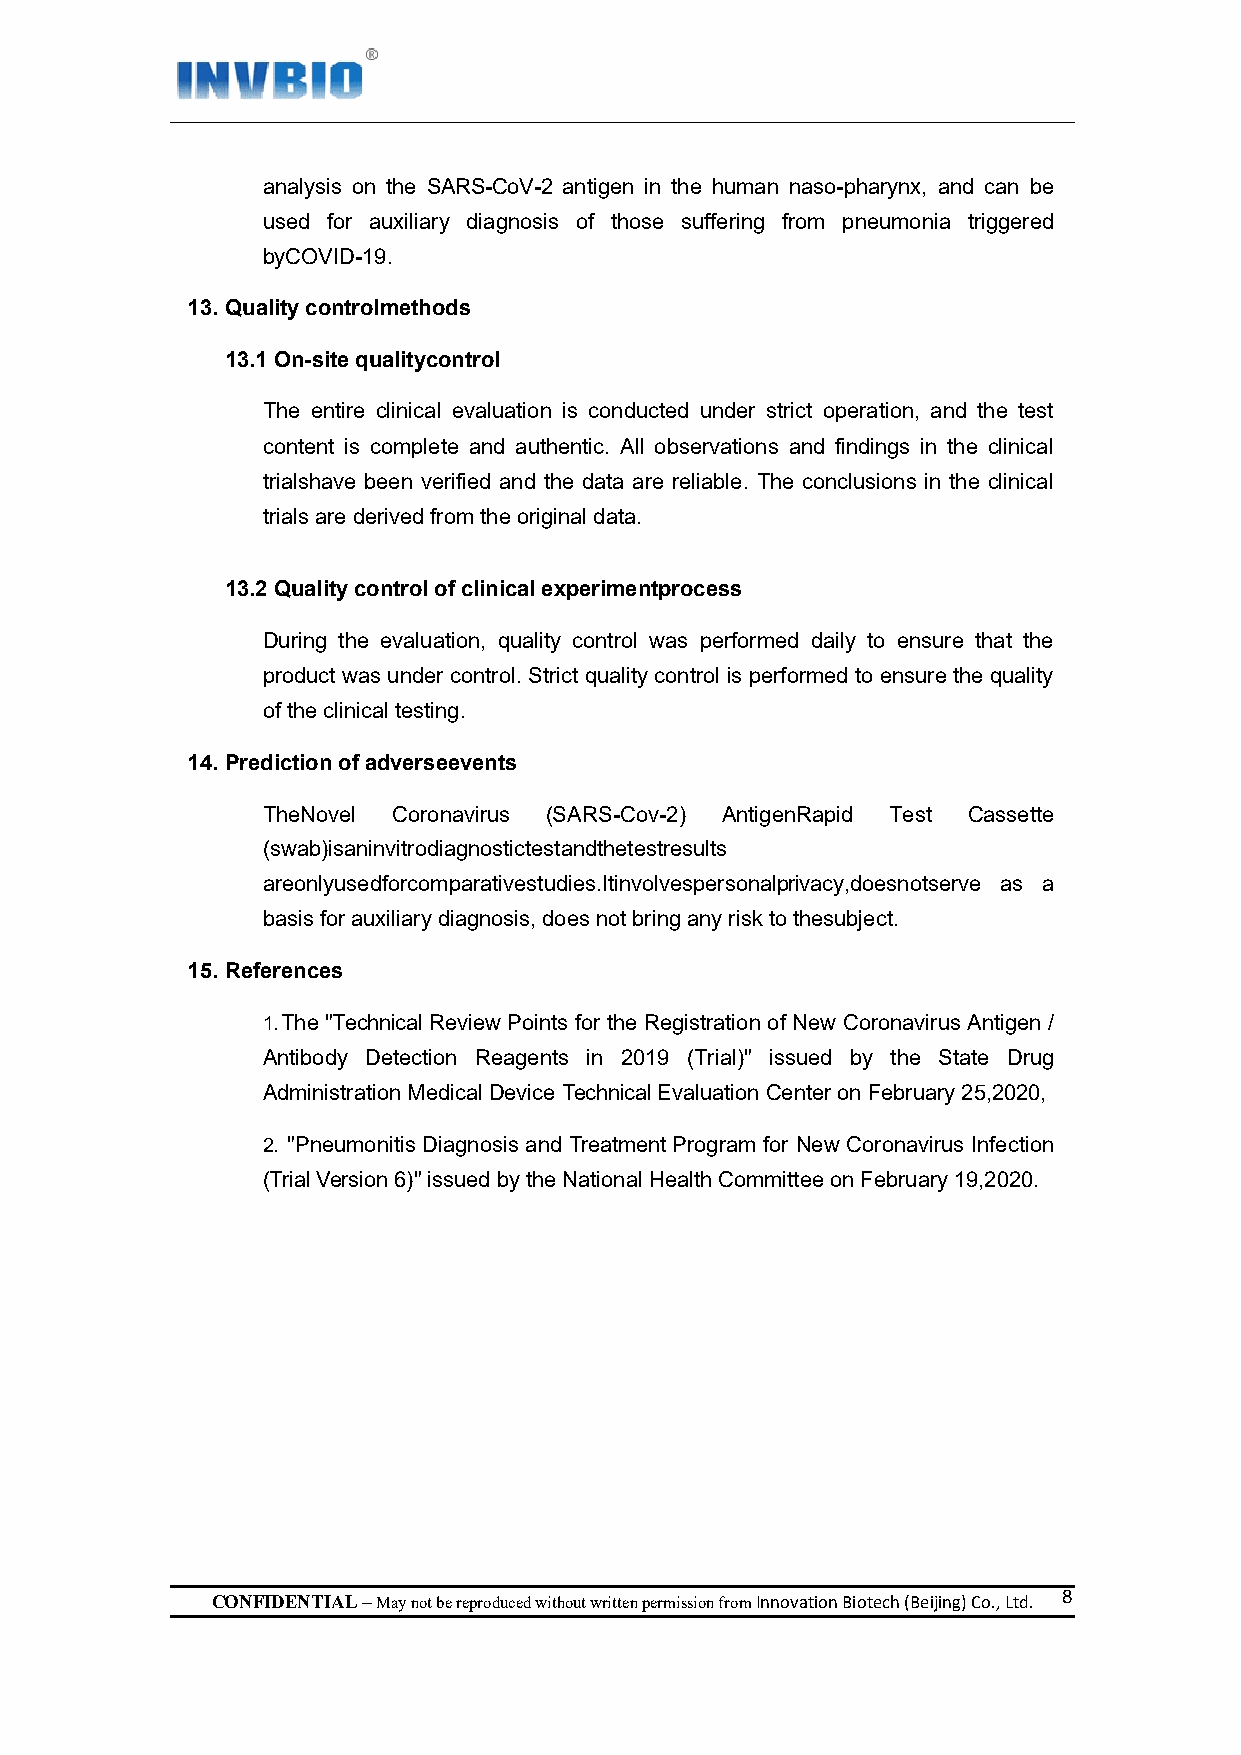
analysis on the SARS-CoV-2 antigen in the human naso-pharynx, and can be
 used for auxiliary diagnosis of those suffering from pneumonia triggered
 byCOVID-19.
 13. Quality controlmethods
 13.1 On-site qualitycontrol
 The entire clinical evaluation is conducted under strict operation, and the test
 content is complete and authentic. All observations and findings in the clinical
 trialshave been verified and the data are reliable. The conclusions in the clinical
 trials are derived from the original data.
 13.2 Quality control of clinical experimentprocess
 During the evaluation, quality control was performed daily to ensure that the
 product was under control. Strict quality control is performed to ensure the quality
 of the clinical testing.
 14. Prediction of adverseevents
 TheNovel Coronavirus (SARS-Cov-2) AntigenRapid Test Cassette
 (swab)isaninvitrodiagnostictestandthetestresults
 areonlyusedforcomparativestudies.Itinvolvespersonalprivacy,doesnotserve as a
 basis for auxiliary diagnosis, does not bring any risk to thesubject.
 15. References
 1. The "Technical Review Points for the Registration of New Coronavirus Antigen /
 Antibody Detection Reagents in 2019 (Trial)" issued by the State Drug
 Administration Medical Device Technical Evaluation Center on February 25,2020,
 2. "Pneumonitis Diagnosis and Treatment Program for New Coronavirus Infection
 (Trial Version 6)" issued by the National Health Committee on February 19,2020.
 CONFIDENTIAL – May not be reproduced without written permission from Innovation Biotech (Beijing) Co., Ltd. 8